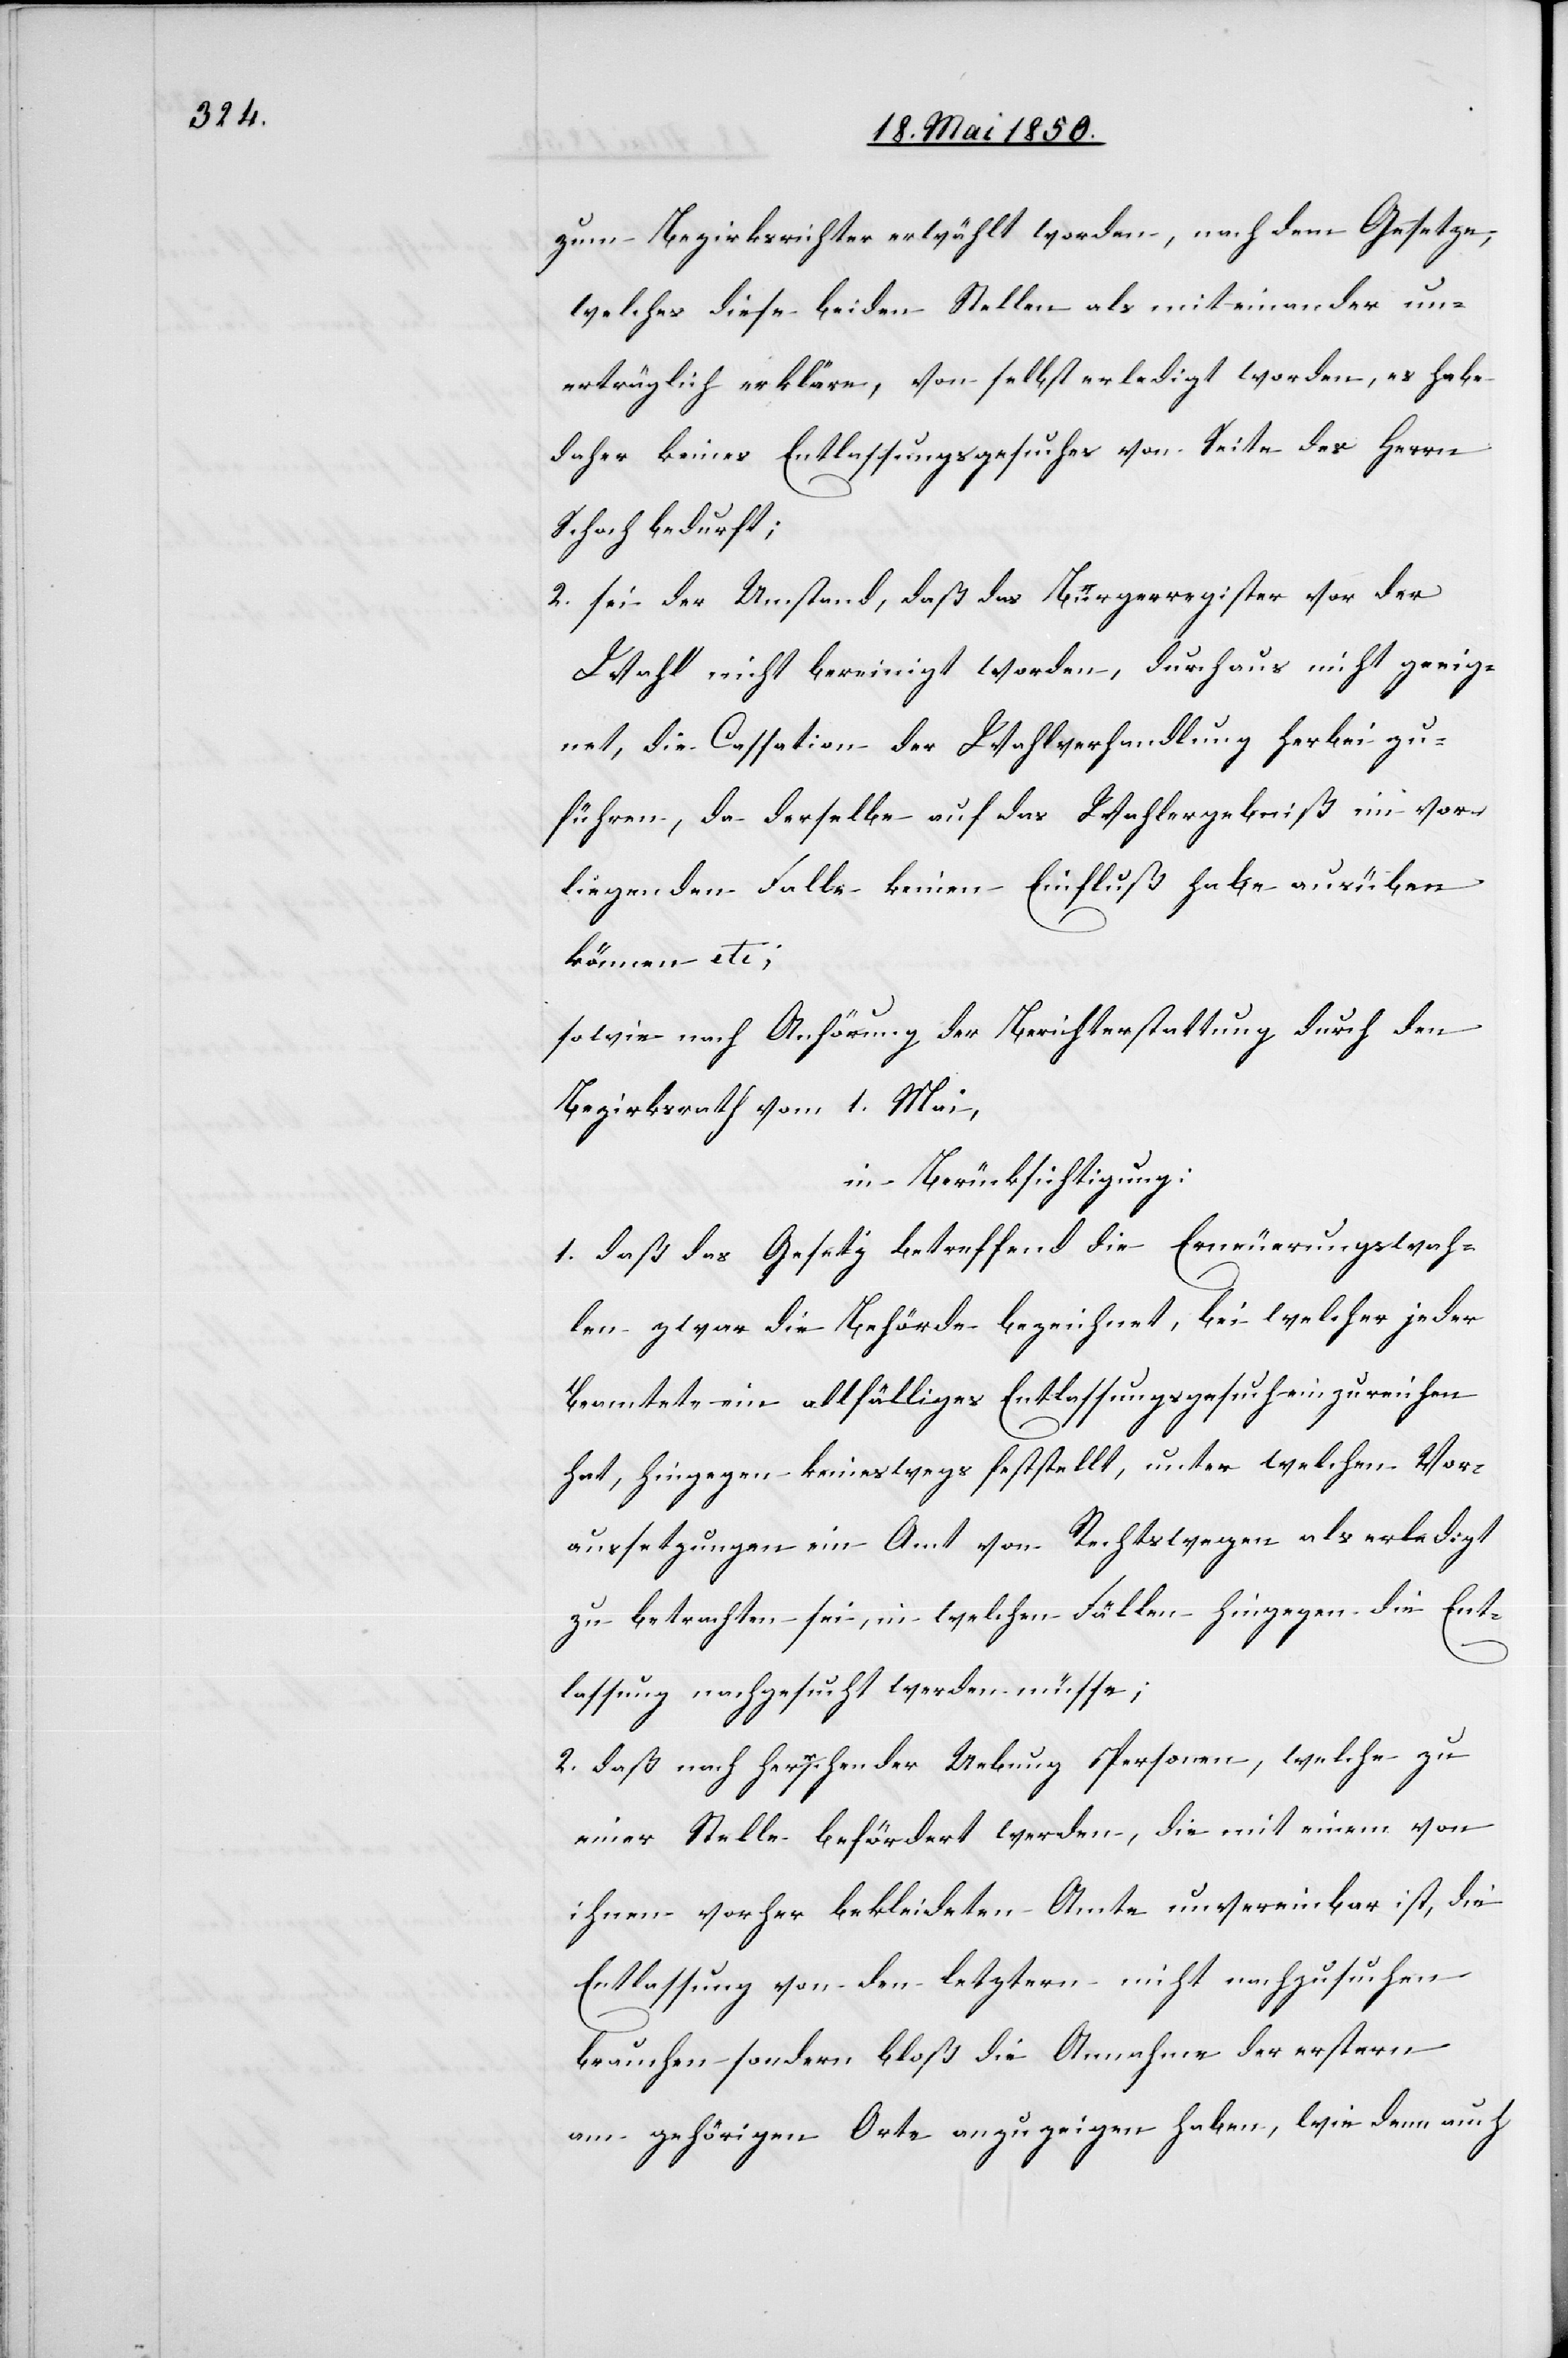
zum Bezirksrichter erwählt worden, nach dem Gesetze,
welches diese beiden Stellen als miteinander un¬
erträglich erkläre, von selbst erledigt worden, es habe
daher keines Entlassungsgesuches von Seite des Herrn
Schoch bedurft;
2. sei der Umstand, daß das Bürgerregister vor der
Wahl nicht bereinigt worden, durchaus nicht geeig¬
net, die Cassation der Wahlverhandlung herbei zu¬
führen, da derselbe auf das Wahlergebniß im vor¬
liegenden Falle keinen Einfluß habe ausüben
können etc;
sowie nach Anhörung der Berichterstattung durch den
Bezirksrath vom 1. Mai,
in Berücksichtigung:
1. daß das Gesetz betreffend die Erneuerungswah¬
len zwar die Behörde bezeichnet, bei welcher jeder
Beamtete ein allfälliges Entlassungsgesuch einzureichen
hat, hingegen keineswegs feststellt, unter welchen Vor¬
aussetzungen ein Amt von Rechtswegen als erledigt
zu betrachten sei, in welchen Fällen hingegen die Ent¬
lassung nachgesucht werden müsse;
2. daß nach herrschender Uebung Personen, welche zu
einer Stelle befördert werden, die mit einem von
ihnen vorher bekleideten Amte unvereinbar ist, die
Entlassung von den letztern nicht nachzusuchen
brauchen sondern bloß die Annahme der erstern
am gehörigen Orte anzuzeigen haben, wie denn auch